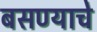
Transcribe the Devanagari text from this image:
बसण्याचे